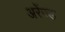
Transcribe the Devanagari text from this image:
अरेंज्ड